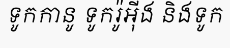
ទូកកានូ ទូករ៉ូអ៊ីង និងទូក